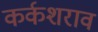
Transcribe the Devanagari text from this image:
कर्कशराव